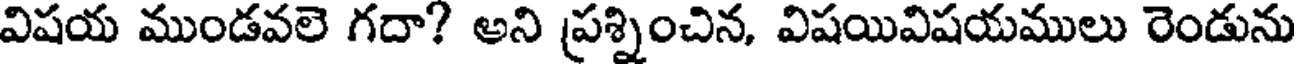
విషయ ముండవలె గదా? అని ప్రశ్నించిన, విషయివిషయములు రెండును